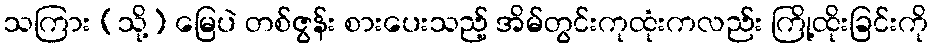
သကြား (သို့) မြေပဲ တစ်ဇွန်း စားပေးသည့် အိမ်တွင်းကုထုံးကလည်း ကြို့ထိုးခြင်းကို